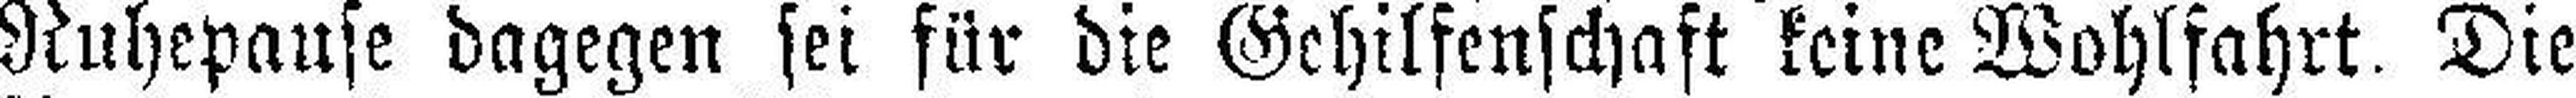
Ruhepause dagegen sei für die Gehilfenschaft keine Wohlfahrt. Die